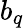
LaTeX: b_{q}